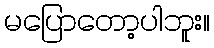
မပြောတော့ပါဘူး။